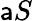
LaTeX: \mathsf{a}S